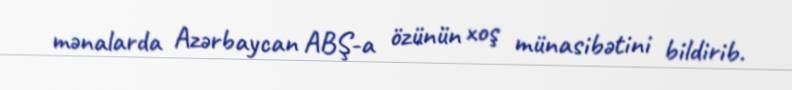
mənalarda Azərbaycan ABŞ-a özünün xoş münasibətini bildirib.